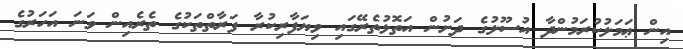
އިން ޢަމަލުކުރަމުންދާ އުސޫލުގެ ދަށުން އަތޮޅުތެރޭގައި ވިޔަފާރިކުރާ ފަރާތްތަކުގެ ތެރެއިން ވަނަ އަހަރުގެ